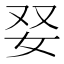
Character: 𡛒